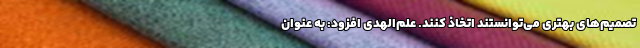
تصمیم‌های بهتری می‌توانستند اتخاذ کنند. علم‌الهدی افزود: به عنوان